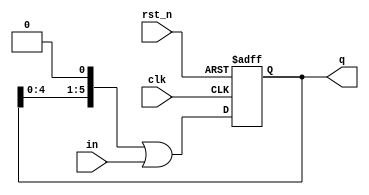
// 6-bit Shift register with asynchronous active low reset.
// Model of an ideal external component, not intended to be
// synthesised in the FPGA.
module shift (input            clk,
              input            rst_n,
              input            in,
              output reg [5:0] q
              );
   
   always @(posedge clk, negedge rst_n) 
     if (!rst_n) 
       q = 0;
     else 
       q <= q << 1 | in;
   
endmodule // shift